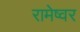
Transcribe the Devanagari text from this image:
रामेष्वर